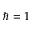
\hbar = 1